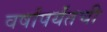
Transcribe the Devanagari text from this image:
वर्षांपर्यंतची